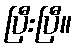
ပြီးပြီ။